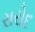
રારોદ